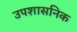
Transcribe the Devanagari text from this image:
उपशासनिक